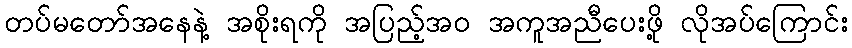
တပ်မတော်အနေနဲ့ အစိုးရကို အပြည့်အ၀ အကူအညီပေးဖို့ လိုအပ်ကြောင်း